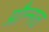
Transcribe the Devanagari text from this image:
प्रौन्‍नत